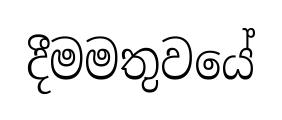
දීමමතුවයේ